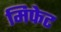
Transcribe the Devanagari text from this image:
मिफेट